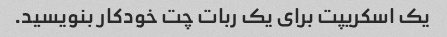
یک اسکریپت برای یک ربات چت خودکار بنویسید.